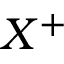
X ^ { + }